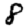
Digit: 8